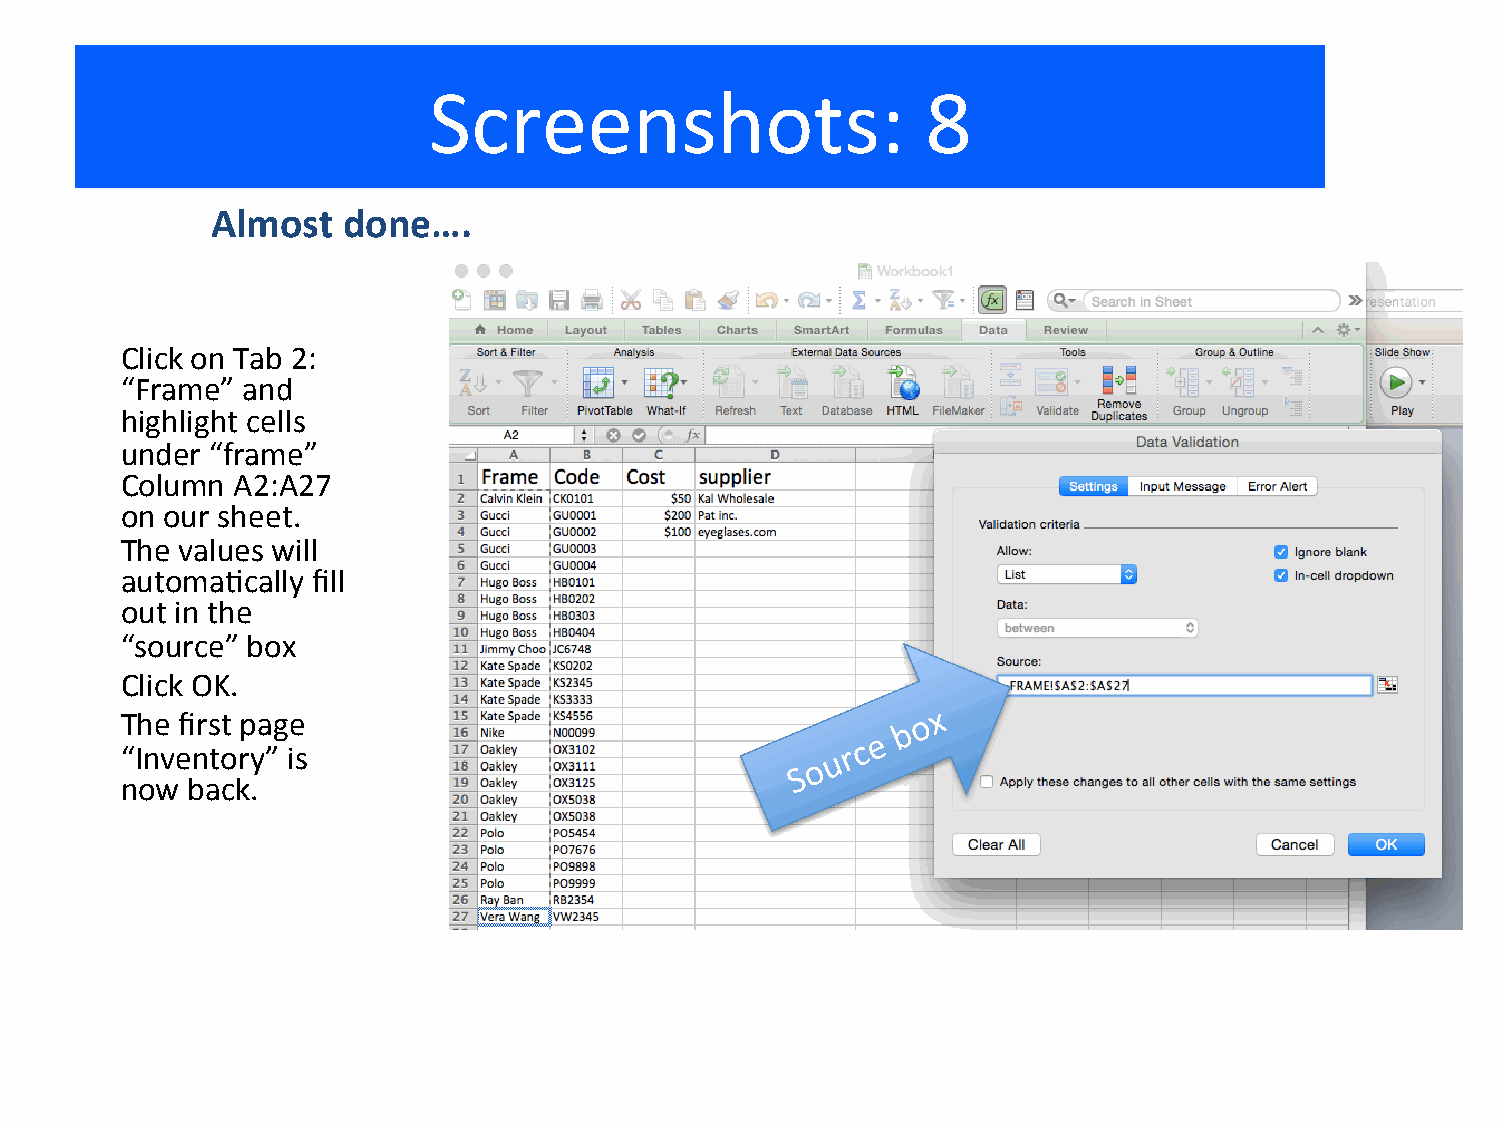
Screenshots:                     8
 Almost   done….
 Click on Tab 2:
 “Frame” and
 highlight cells
 under “frame”
 Column A2:A27
 on our sheet.
 The values will
 automaKcally fill
 out in the
 “source” box
 Click OK.
 The first page
 “Inventory” is
 now back.